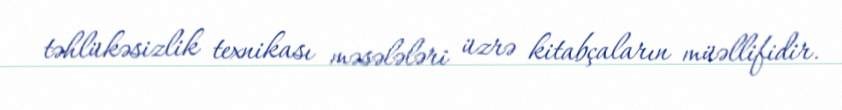
təhlükəsizlik texnikası məsələləri üzrə kitabçaların müəllifidir.